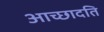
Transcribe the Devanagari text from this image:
आच्‍छादति